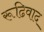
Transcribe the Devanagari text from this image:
रूढिवाद